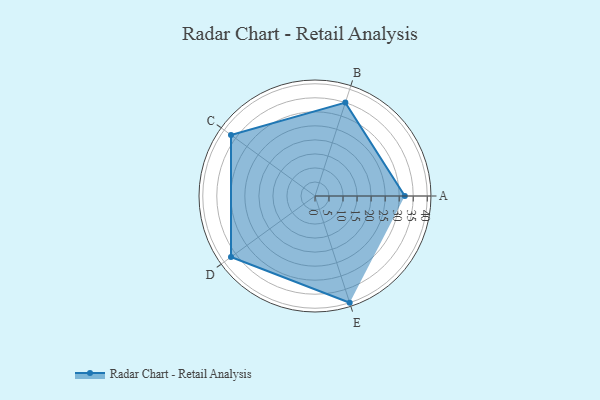
{"axis": {"x": "Skill", "y": "Score"}, "legend": ["Profile"], "data": [{"x": "A", "y": 32.0, "type": "Profile"}, {"x": "B", "y": 35.0, "type": "Profile"}, {"x": "C", "y": 37.0, "type": "Profile"}, {"x": "D", "y": 37.0, "type": "Profile"}, {"x": "E", "y": 40.0, "type": "Profile"}]}